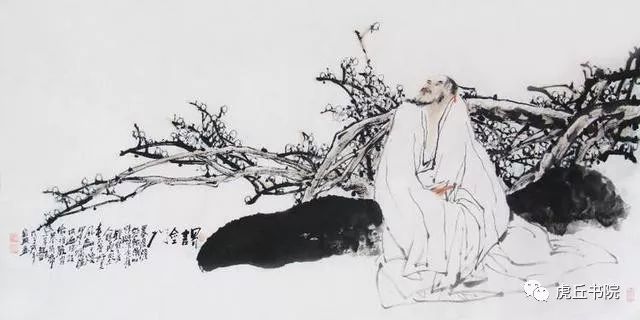
明年此会知谁健？醉把茱萸仔细看。